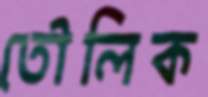
তৌলিক